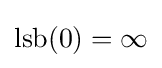
\operatorname {lsb} (0)=\infty